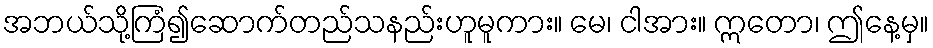
အဘယ်သို့ကြံ၍ဆောက်တည်သနည်းဟူမူကား။ မေ၊ ငါအား။ ဣတော၊ ဤနေ့မှ။